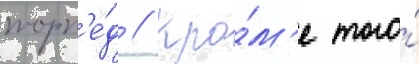
торп'е́д // Кро́м'е того́